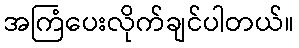
အကြံပေးလိုက်ချင်ပါတယ်။